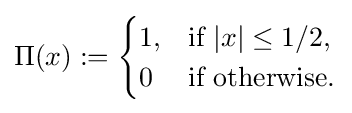
\Pi (x):={\begin{cases}1,&{\mbox{if }}{|x|\leq 1/2},\\0&{\mbox{if }}{\mbox{otherwise}}.\\\end{cases}}